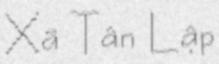
Xã Tân Lập